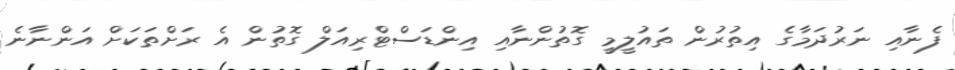
ފެނާއި ނަރުދަމާގެ އިތުރުން ތައުލީމީ ގޮތުންނާއި އިންޑަސްޓްރިއަލް ގޮތުން އެ ރަށްތަކަށް އަންނާނެ